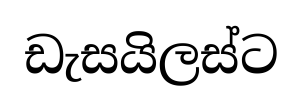
ඩැසයිලස්ට